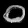
Digit: ၀